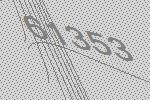
61353